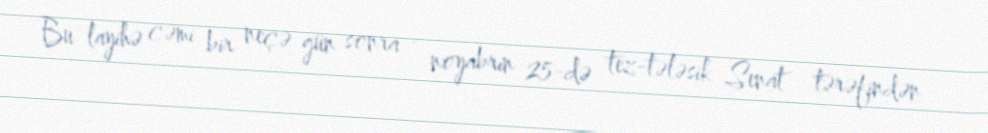
Bu layihə cəmi bir neçə gün sonra - noyabrın 25-də tez-tələsik Senat tərəfindən